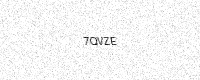
Text: 7QVZE